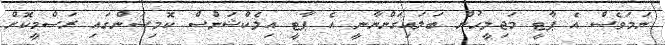
ނަމަވެސް އެ ޕާޓީ މަޖިލީހުން ބަލައިގަންނާނީ އެ ޕާޓީ އިލެކްޝަންސް ކޮމިޝަންގައި ރަސްމީކޮށް